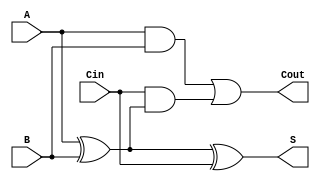
module LowPowerFullAdder (
    input wire A,      // First input bit
    input wire B,      // Second input bit
    input wire Cin,    // Carry input
    output wire S,     // Sum output
    output wire Cout   // Carry output
);

// Internal wires for intermediate signals
wire AxorB;         // Intermediate XOR result
wire AandB;         // A AND B
wire CinAndAxorB;   // Cin AND (A XOR B)

// XOR operation for Sum
assign AxorB = A ^ B;          // A XOR B
assign S = AxorB ^ Cin;        // S = (A XOR B) XOR Cin

// AND operation for Carry-out
assign AandB = A & B;          // A AND B
assign CinAndAxorB = Cin & AxorB; // Cin AND (A XOR B)
assign Cout = AandB | CinAndAxorB; // Cout = (A AND B) OR (Cin AND (A XOR B))

endmodule